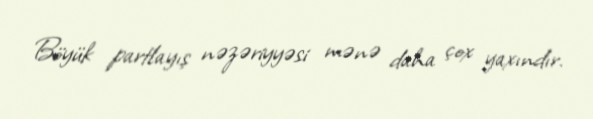
Böyük partlayış nəzəriyyəsi mənə daha çox yaxındır.